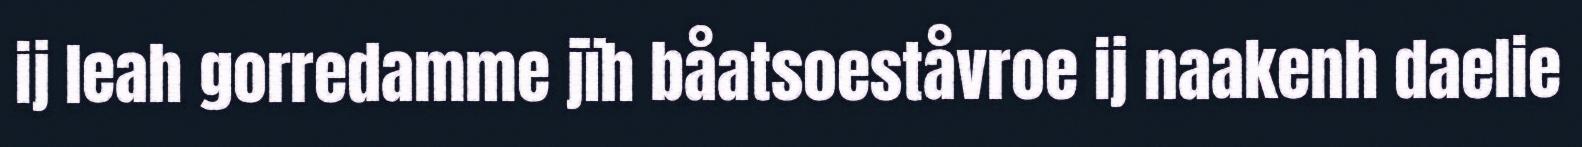
ij leah gorredamme jïh båatsoeståvroe ij naakenh daelie